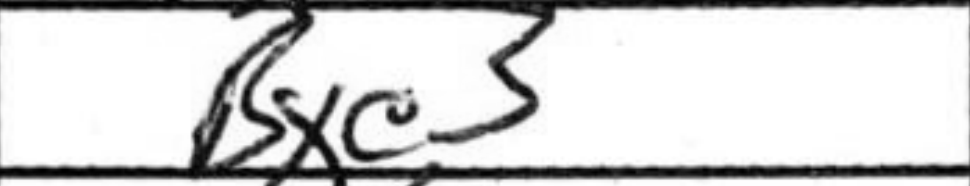
Transcription: Bxe3